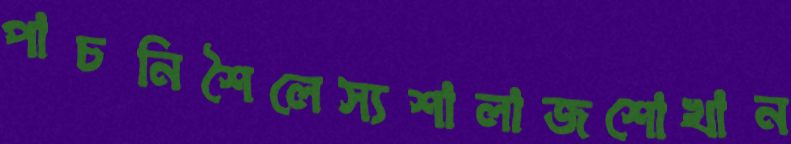
পাচনিশৈলেস্যশালাজশোখান